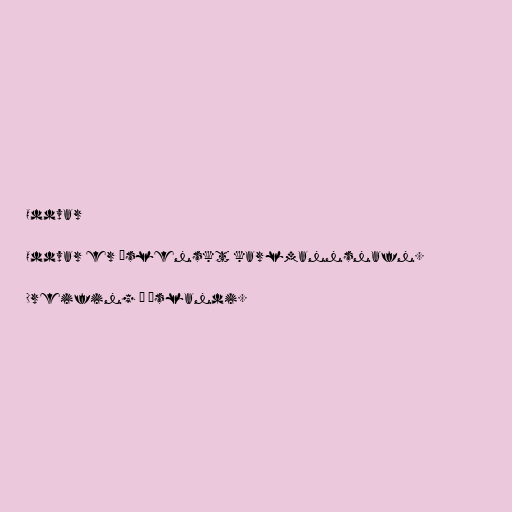
Oddvar

Oddvar er íslenskt karlmannsnafn.

Dreifing á Íslandi.